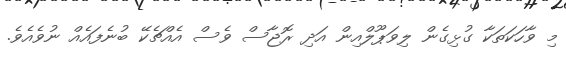
މި ވާހަކަތަކާ ގުޅިގެން ލިވަޕޫލްއިން އަދި ރޮޖާސް ވެސް އެއްޗެކޭ ބުނެފައެއް ނުވެއެވެ.